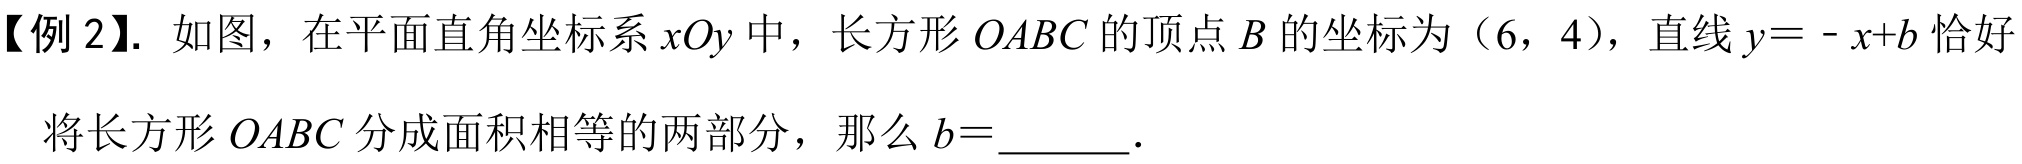
【例2】. 如图，在平面直角坐标系\(xOy\)中，长方形\(OABC\)的顶点\(B\)的坐标为\((6,4)\)，直线\(y=-x + b\)恰好将长方形\(OABC\)分成面积相等的两部分，那么\(b =\)  ．